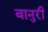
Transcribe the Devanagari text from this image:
बानुरी